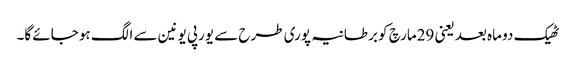
ٹھیک دو ماہ بعد یعنی 29مارچ کو برطانیہ پوری طرح سے یورپی یونین سے الگ ہو جائے گا۔